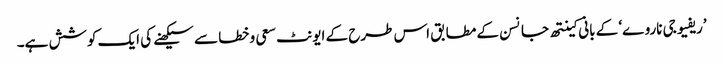
’ریفیوجی ناروے‘ کے بانی کینتھ جانسن کے مطابق اس طرح کے ایونٹ سعی و خطا سے سیکھنے کی ایک کوشش ہے۔